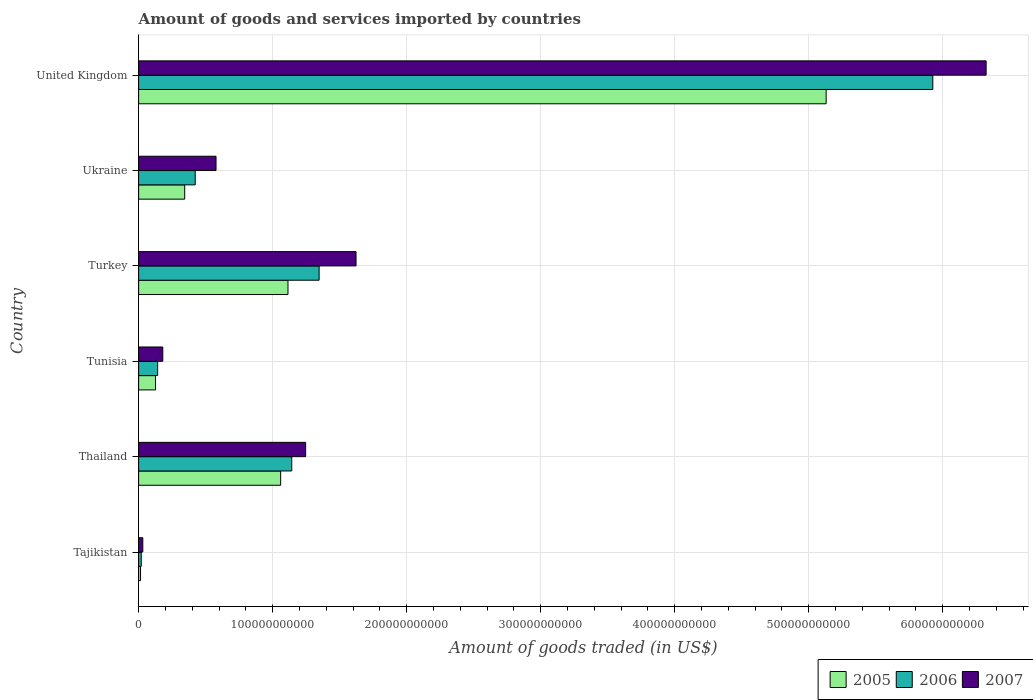
| Country | 2005 | 2006 | 2007 |
 | --- | --- | --- | --- |
 | Tajikistan | 1.43e+09 | 1.95e+09 | 3.12e+09 |
 | Thailand | 1.06e+11 | 1.14e+11 | 1.25e+11 |
 | Tunisia | 1.26e+10 | 1.42e+10 | 1.8e+10 |
 | Turkey | 1.11e+11 | 1.35e+11 | 1.62e+11 |
 | Ukraine | 3.44e+10 | 4.22e+10 | 5.78e+10 |
 | United Kingdom | 5.13e+11 | 5.93e+11 | 6.32e+11 |